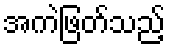
အကဲဖြတ်သည့်